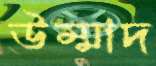
উম্মাদ